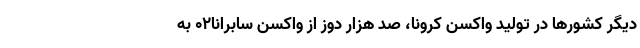
دیگر کشورها در تولید واکسن کرونا، صد هزار دوز از واکسن سابرانا۰۲ به